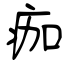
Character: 痂